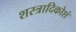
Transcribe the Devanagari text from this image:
शस्त्रादिकोशं